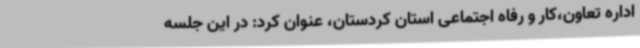
اداره تعاون،کار و رفاه اجتماعی استان کردستان، عنوان کرد: در این جلسه